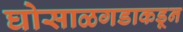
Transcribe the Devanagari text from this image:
घोसाळगडाकडून